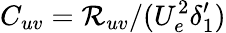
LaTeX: C_{uv}=\mathcal{R}_{uv}/(U_{e}^{2}\delta_{1}^{\prime})